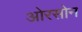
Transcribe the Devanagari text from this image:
ओरसोन